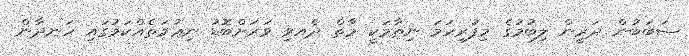
ސަބަބުން ދަރީން ލިބުމުގެ މިފުރިހަމަ ނިޡާމަކީ މާތް ދެއވި ވަރަށްބޮޑު ނިޢުމަތެއްކަމުގައި ހަނދާން